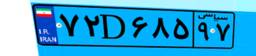
۷۲D۶۸۵۹۷